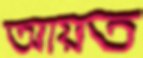
আয়ত